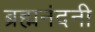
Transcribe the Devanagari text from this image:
ब्रह्मनंदनी